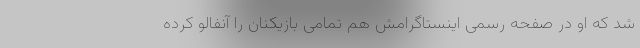
شد که او در صفحه رسمی اینستاگرامش هم تمامی بازیکنان را آنفالو کرده